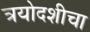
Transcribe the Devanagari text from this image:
त्रयोदशीचा